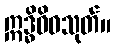
ဣဒ္ဓိဝိဓသုတ်။